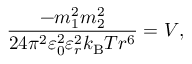
{ \frac { - m _ { 1 } ^ { 2 } m _ { 2 } ^ { 2 } } { 2 4 \pi ^ { 2 } \varepsilon _ { 0 } ^ { 2 } \varepsilon _ { r } ^ { 2 } k _ { \mathrm { B } } T r ^ { 6 } } } = V ,